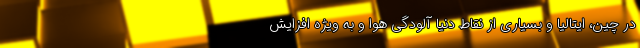
در چین، ایتالیا و بسیاری از نقاط دنیا آلودگی هوا و به ویژه افزایش